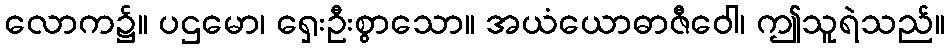
လောက၌။ ပဌမော၊ ရှေးဦးစွာသော။ အယံယောဓာဇီဝေါ၊ ဤသူရဲသည်။